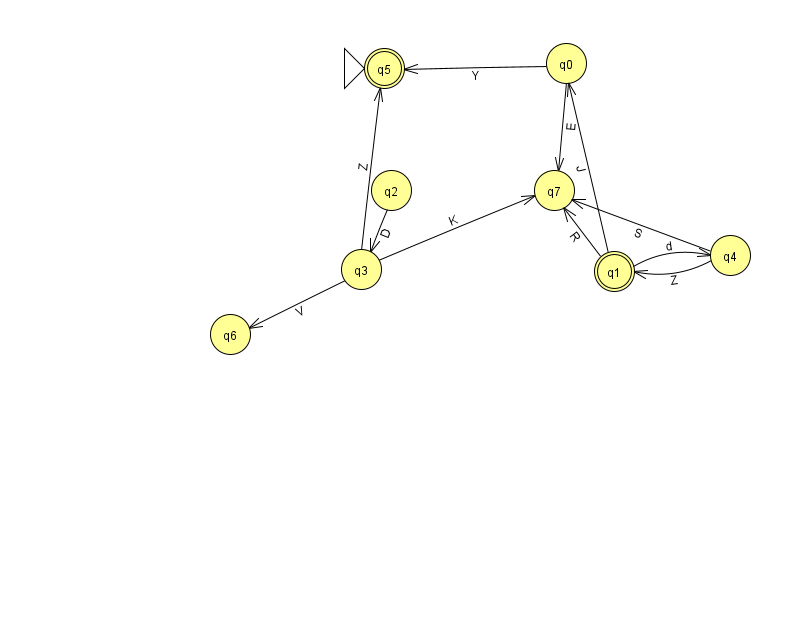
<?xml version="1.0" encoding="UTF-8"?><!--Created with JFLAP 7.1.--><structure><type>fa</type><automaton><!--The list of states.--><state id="0" name="q0"><x>566.0</x><y>50.0</y></state><state id="1" name="q1"><x>614.0</x><y>258.0</y><final/></state><state id="2" name="q2"><x>391.0</x><y>177.0</y></state><state id="3" name="q3"><x>361.0</x><y>256.0</y></state><state id="4" name="q4"><x>730.0</x><y>242.0</y></state><state id="5" name="q5"><x>384.0</x><y>55.0</y><initial/><final/></state><state id="6" name="q6"><x>230.0</x><y>321.0</y></state><state id="7" name="q7"><x>554.0</x><y>177.0</y></state><!--The list of transitions.--><transition><from>1</from><to>0</to><read>J</read></transition><transition><from>0</from><to>5</to><read>Y</read></transition><transition><from>1</from><to>7</to><read>R</read></transition><transition><from>2</from><to>3</to><read>D</read></transition><transition><from>4</from><to>1</to><read>Z</read></transition><transition><from>0</from><to>7</to><read>E</read></transition><transition><from>4</from><to>7</to><read>S</read></transition><transition><from>1</from><to>4</to><read>d</read></transition><transition><from>3</from><to>5</to><read>Z</read></transition><transition><from>3</from><to>6</to><read>V</read></transition><transition><from>3</from><to>7</to><read>K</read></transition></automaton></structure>